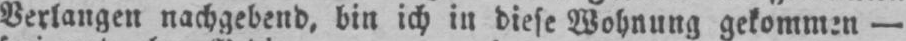
-